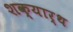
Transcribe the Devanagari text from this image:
शक्यार्थ